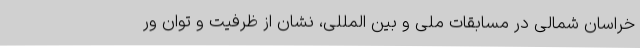
خراسان شمالی در مسابقات ملی و بین المللی، نشان از ظرفیت و توان ور